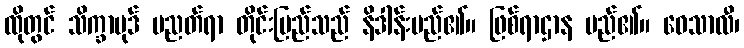
ထိုတွင် သိက္ခာပုဒ် ပညတ်ရာ တိုင်းပြည်သည် နိဒါန်းမည်၏။ ဖြစ်ရာဌာန မည်၏။ ဝေသာလီ၊